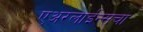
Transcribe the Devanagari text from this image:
एअरलाईन्सचा